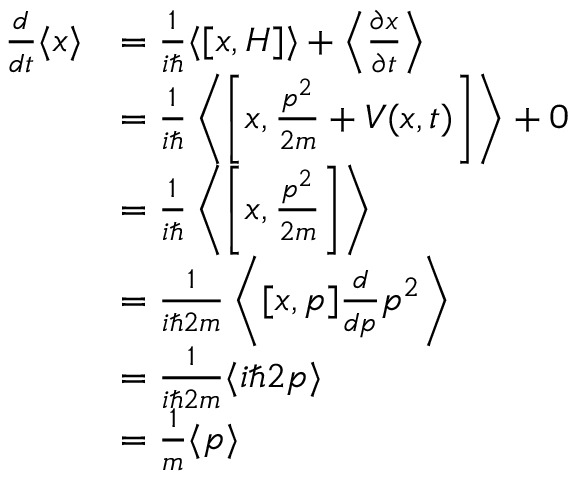
{ \begin{array} { r l } { { \frac { d } { d t } } \langle x \rangle } & { = { \frac { 1 } { i \hbar } } \langle [ x , H ] \rangle + \left\langle { \frac { \partial x } { \partial t } } \right\rangle } \\ & { = { \frac { 1 } { i \hbar } } \left\langle \left[ x , { \frac { p ^ { 2 } } { 2 m } } + V ( x , t ) \right] \right\rangle + 0 } \\ & { = { \frac { 1 } { i \hbar } } \left\langle \left[ x , { \frac { p ^ { 2 } } { 2 m } } \right] \right\rangle } \\ & { = { \frac { 1 } { i \hbar 2 m } } \left\langle [ x , p ] { \frac { d } { d p } } p ^ { 2 } \right\rangle } \\ & { = { \frac { 1 } { i \hbar 2 m } } \langle i \hbar 2 p \rangle } \\ & { = { \frac { 1 } { m } } \langle p \rangle } \end{array} }